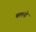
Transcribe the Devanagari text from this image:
चलनो